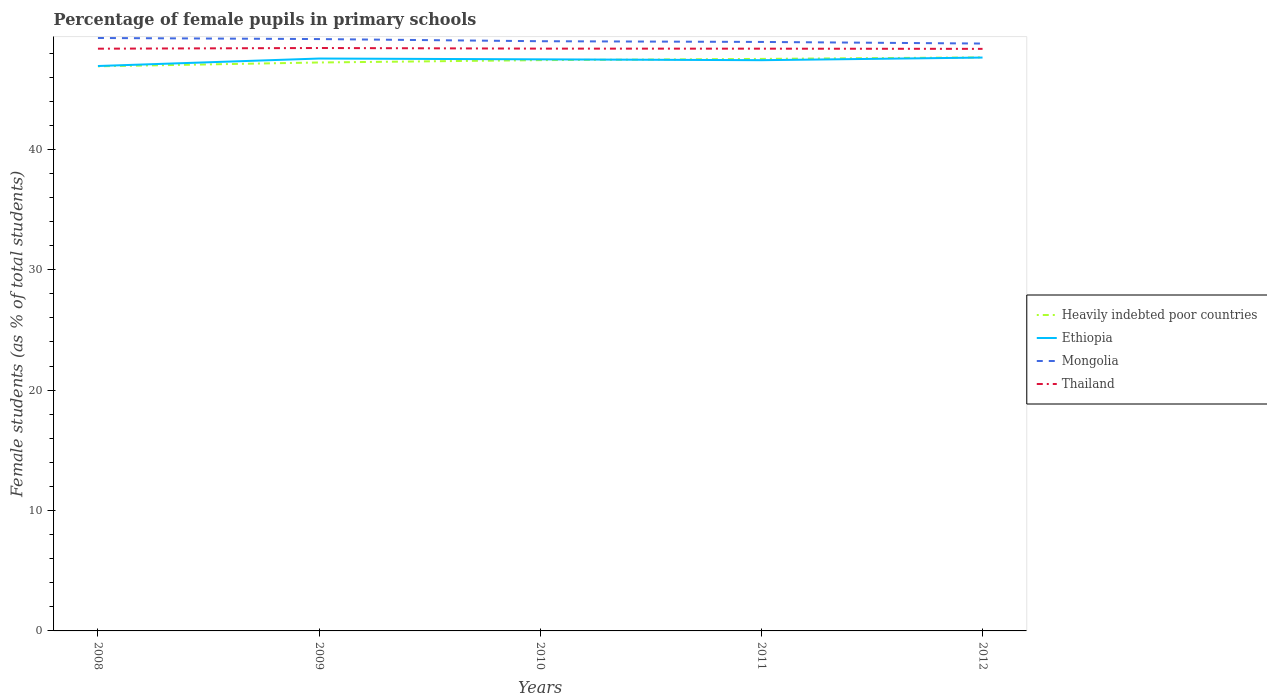
| Years | Heavily indebted poor countries | Ethiopia | Mongolia | Thailand |
 | --- | --- | --- | --- | --- |
 | 2008 | 46.9 | 46.9 | 49.2 | 48.4 |
 | 2009 | 47.2 | 47.5 | 49.2 | 48.4 |
 | 2010 | 47.4 | 47.5 | 49 | 48.4 |
 | 2011 | 47.5 | 47.4 | 48.9 | 48.4 |
 | 2012 | 47.6 | 47.6 | 48.8 | 48.3 |